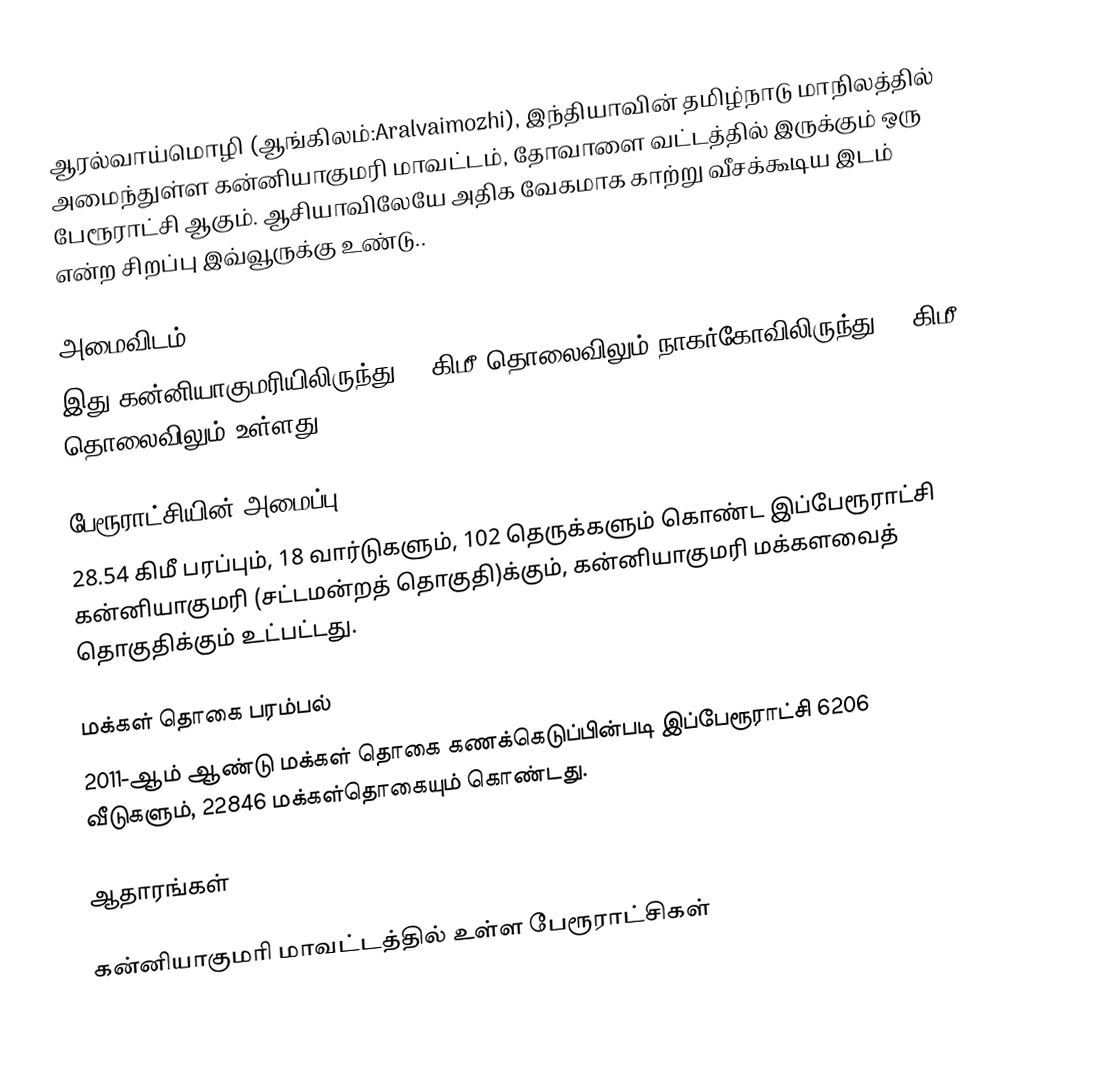
ஆரல்வாய்மொழி (ஆங்கிலம்:Aralvaimozhi), இந்தியாவின் தமிழ்நாடு மாநிலத்தில் அமைந்துள்ள கன்னியாகுமரி மாவட்டம், தோவாளை வட்டத்தில் இருக்கும் ஒரு பேரூராட்சி ஆகும். ஆசியாவிலேயே அதிக வேகமாக காற்று வீசக்கூடிய இடம் என்ற சிறப்பு இவ்வூருக்கு உண்டு..

அமைவிடம்
இது கன்னியாகுமரியிலிருந்து 25 கிமீ தொலைவிலும் நாகர்கோவிலிருந்து 13 கிமீ தொலைவிலும் உள்ளது.

பேரூராட்சியின் அமைப்பு
28.54 கிமீ  பரப்பும், 18  வார்டுகளும், 102 தெருக்களும் கொண்ட இப்பேரூராட்சி கன்னியாகுமரி  (சட்டமன்றத் தொகுதி)க்கும், கன்னியாகுமரி மக்களவைத் தொகுதிக்கும் உட்பட்டது.

மக்கள் தொகை பரம்பல்
2011-ஆம் ஆண்டு மக்கள் தொகை கணக்கெடுப்பின்படி  இப்பேரூராட்சி                           6206 வீடுகளும், 22846 மக்கள்தொகையும் கொண்டது.

ஆதாரங்கள்

கன்னியாகுமரி மாவட்டத்தில் உள்ள பேரூராட்சிகள்